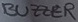
Text: BUZZER